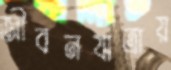
জীবনযাত্রায়